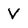
Character: V